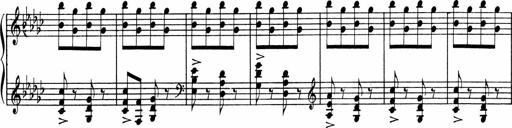
Title: Sonatine pour piano
Composer: Albert Roussel